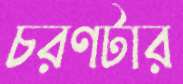
চরণটার